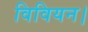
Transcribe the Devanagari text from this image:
विवियन।